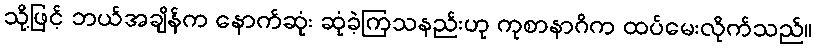
သို့ဖြင့် ဘယ်အချိန်က နောက်ဆုံး ဆုံခဲ့ကြသနည်းဟု ကုစာနာဂိက ထပ်မေးလိုက်သည်။